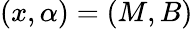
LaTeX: (x,\alpha)=(M,B)